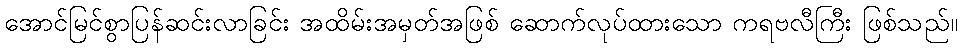
အောင်မြင်စွာပြန်ဆင်းလာခြင်း အထိမ်းအမှတ်အဖြစ် ဆောက်လုပ်ထားသော ကရဗလီကြီး ဖြစ်သည်။